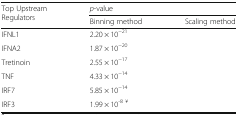
<table><thead><tr><td rowspan="2"><b>Top Upstream Regulators</b></td><td colspan="2"><b><i>p</i>-value</b></td></tr><tr><td><b>Binning method</b></td><td><b>Scaling method</b></td></tr></thead><tbody><tr><td>IFNL1</td><td>2.20 × 10<sup>−21</sup></td><td>[EMPTY_CELL]</td></tr><tr><td>IFNA2</td><td>1.87 × 10<sup>−20</sup></td><td>[EMPTY_CELL]</td></tr><tr><td>Tretinoin</td><td>2.55 × 10<sup>−17</sup></td><td>[EMPTY_CELL]</td></tr><tr><td>TNF</td><td>4.33 × 10<sup>−14</sup></td><td>[EMPTY_CELL]</td></tr><tr><td>IRF7</td><td>5.85 × 10<sup>−14</sup></td><td>[EMPTY_CELL]</td></tr><tr><td>IRF3</td><td>1.99 × 10<sup>-8 ¥</sup></td><td>[EMPTY_CELL]</td></tr></tbody></table>